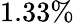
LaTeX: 1.33\%